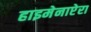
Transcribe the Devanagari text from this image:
हाइमेनाप्टेरा